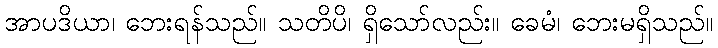
အာပဒိယာ၊ ဘေးရန်သည်။ သတိပိ၊ ရှိသော်လည်း။ ခေမံ၊ ဘေးမရှိသည်။